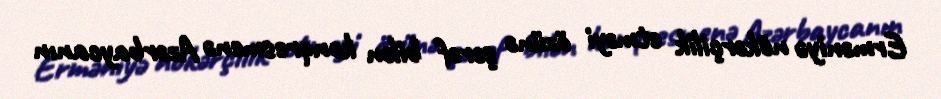
Erməniyə nökərçilik etməyi özünə şərəf bilən konqresmenə Azərbaycanın